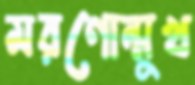
মরণোন্মুখ